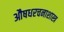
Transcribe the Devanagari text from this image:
औषधरचनाशास्त्र